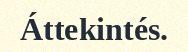
Áttekintés.